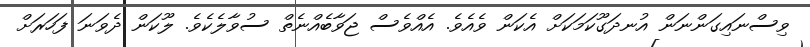
ވިސްނައިގަންނަން އުނދަގޫކަމަކަށް އެކަން ވެއެވެ. އެއްވެސް ޖަވާބެއްނެތް ސުވާލެކެވެ. ލޫކަން ދެވަނަ ފަހަރަށް